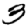
Digit: 3